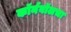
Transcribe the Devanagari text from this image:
कॉर्नवॉलचा